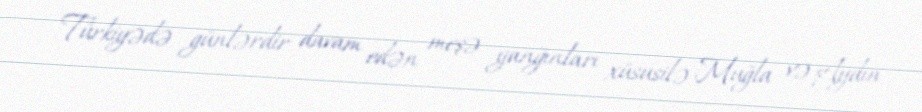
Türkiyədə günlərdir davam edən meşə yanğınları xüsusilə Muğla və Aydın